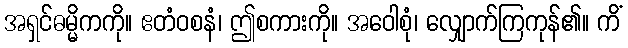
အရှင်ဓမ္မိကကို။ ဧတံဝစနံ၊ ဤစကားကို။ အဝေါစုံ၊ လျှောက်ကြကုန်၏။ ကိံ